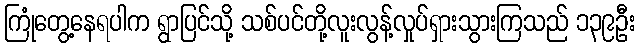
ကြုံတွေ့နေရပါက ရွာပြင်သို့ သစ်ပင်တို့လူးလွန့်လှုပ်ရှားသွားကြသည် ၁၃၉ဦး